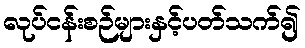
လုပ်ငန်းစဉ်များနှင့်ပတ်သက်၍